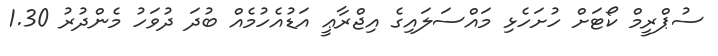
ސުޕްރީމް ކޯޓަށް ހުށަހެޅި މައްސަލައިގެ އިޖްރާޢީ އަޑުއެހުމެއް ބުދަ ދުވަހު މެންދުރު 1.30